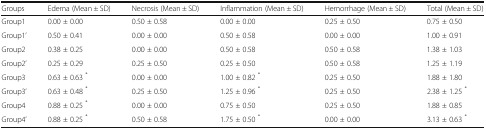
| Groups | Edema (Mean ± SD) | Necrosis (Mean ± SD) | Inflammation (Mean ± SD) | Hemorrhage (Mean ± SD) | Total (Mean ± SD) |
 | --- | --- | --- | --- | --- | --- |
 | Group1 | 0.00 ± 0.00 | 0.50 ± 0.58 | 0.00 ± 0.00 | 0.25 ± 0.50 | 0.75 ± 0.50 |
 | Group1’ | 0.50 ± 0.41 | 0.00 ± 0.00 | 0.50 ± 0.58 | 0.00 ± 0.00 | 1.00 ± 0.91 |
 | Group2 | 0.38 ± 0.25 | 0.00 ± 0.00 | 0.50 ± 0.58 | 0.50 ± 0.58 | 1.38 ± 1.03 |
 | Group2’ | 0.25 ± 0.29 | 0.25 ± 0.50 | 0.25 ± 0.50 | 0.50 ± 0.58 | 1.25 ± 1.19 |
 | Group3 | 0.63 ± 0.63 * | 0.00 ± 0.00 | 1.00 ± 0.82 * | 0.25 ± 0.50 | 1.88 ± 1.80 |
 | Group3’ | 0.63 ± 0.48 * | 0.25 ± 0.50 | 1.25 ± 0.96 * | 0.25 ± 0.50 | 2.38 ± 1.25 * |
 | Group4 | 0.88 ± 0.25 * | 0.00 ± 0.00 | 0.75 ± 0.50 | 0.25 ± 0.50 | 1.88 ± 0.85 |
 | Group4’ | 0.88 ± 0.25 * | 0.50 ± 0.58 | 1.75 ± 0.50 * | 0.00 ± 0.00 | 3.13 ± 0.63 * |